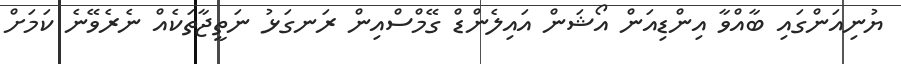
ޔުނިއަންގައި ބާއްވާ އިންޑިއަން އޯޝަން އައިލެންޑް ގޭމްސްއިން ރަނގަޅު ނަތީޖާތަކެއް ނެރެވޭނެ ކަމަށް